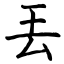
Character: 丟